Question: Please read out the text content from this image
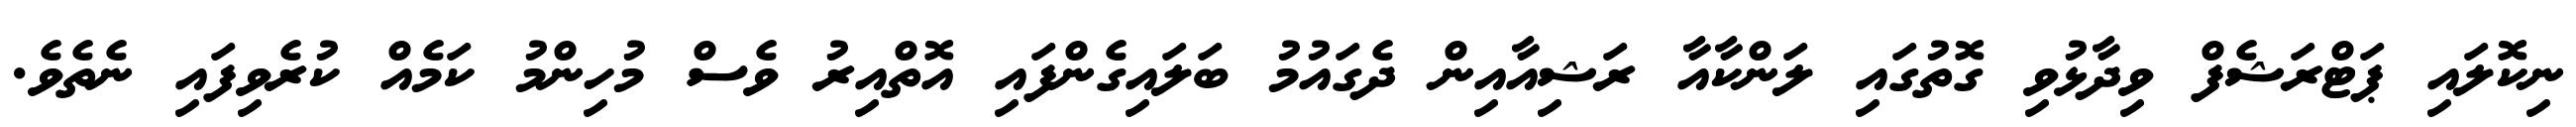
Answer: ނިކޮލައި ޕަޓްރަޝެފް ވިދާޅުވި ގޮތުގައި ލަންކާއާ ރަޝިއާއިން ދެގައުމު ބަލައިގެންފައި އޮތްއިރު ވެސް މުހިންމު ކަމެއް ކުރެވިފައި ނެތެވެ.